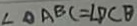
\angle \Delta A B C = \angle D C B